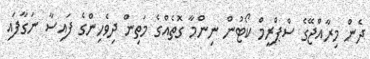
ދެން މިރާއްޖޭގެ ސްޕްރީމް ކޯޓުން ނިންމާ ގޮތެއްގެ މަތިން ދިވެހިންގެ ފައިސާ ނަގާފައި